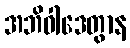
အဘိဝါဒေတွာန